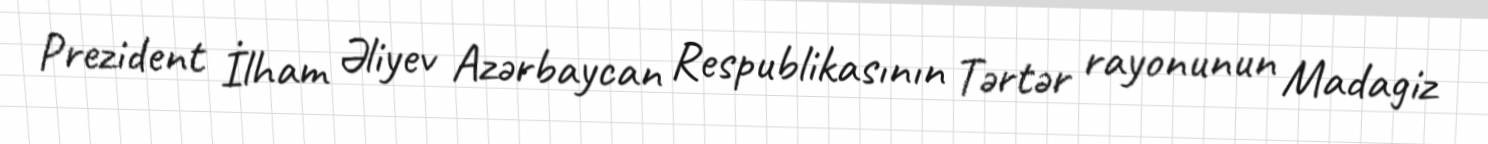
Prezident İlham Əliyev Azərbaycan Respublikasının Tərtər rayonunun Madagiz